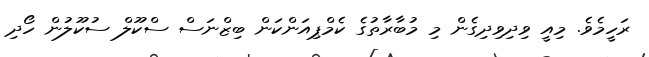
ރަހީމެވެ. މިއީ ވިދިވިދިގެން މި މުބާރާތުގެ ކެމްޕިއަންކަން ބިޒްނަސް ސްކޫލް ސުކޫލުން ހޯދި